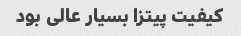
کیفیت پیتزا بسیار عالی بود